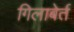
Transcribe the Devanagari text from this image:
गिलाबेर्त